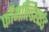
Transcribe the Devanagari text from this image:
फॉर्माल्डिहाईड